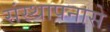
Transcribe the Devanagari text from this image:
संस्थापनासे